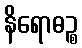
နိရောဓဉ္စ